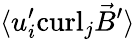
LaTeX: {\langle u_{i}^{\prime}\mathrm{curl}_{j}{\vec{B}}^{\prime}\rangle}